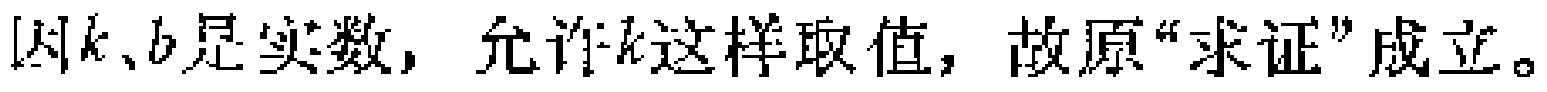
因\(k\)、\(b\)是实数，允许\(k\)这样取值，故原“求证”成立。